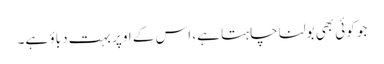
جو کوئی بھی بولنا چاہتا ہے، اس کے اوپر بہت دباؤ ہے۔